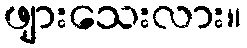
ဖျားသေးလား။